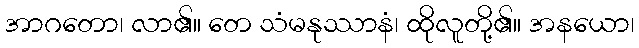
အာဂတော၊ လာ၏။ တေ သံမနုဿာနံ၊ ထိုလူတို့၏။ အနယော၊